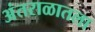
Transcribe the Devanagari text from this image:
अंतराळातला